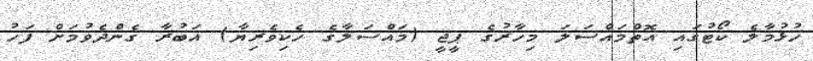
ހުޅުމާލެ ކޯޓުގައި އޮތްމައްސަލަ މިހާރުގެ ޕީޖީ (މައްސަލާގެ ހެކިވެރިޔާ) އަބުރާ ގެންދެވުމަށް ފަހު